Civil Veterinary Department. United Provinces 1912-22 - 1912-1922
Year: 1912
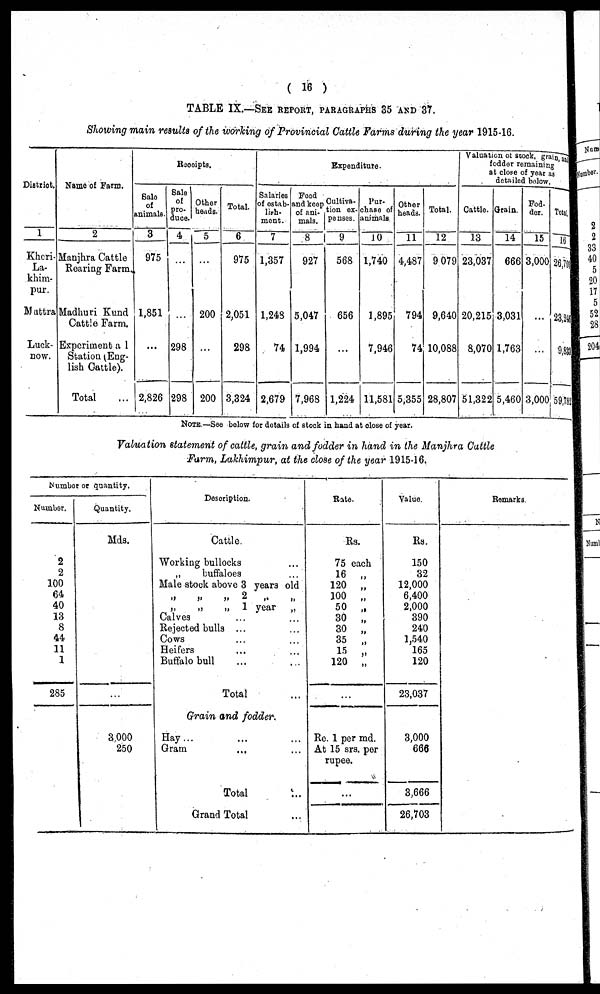
( 16 )
TABLE IX.—SEE REPORT, PARAGRAPHS 35 AND 37.
Showing main results of the working of Provincial Cattle Farms during the year 1915-16.
District.
1
Kheri
La-
khim-
pur.
Muttra
Luck-
now.
Name of Farm.
2
Manjhra Cattle
Rearing Farm
Madhuri Kund
Cattle Farm.
Experiment a 1
Station (Eng-
lish Cattle).
Total …
Receipts.
Sale
of
animals.
3
975
1,851
...
2,826
Sale
of
pro-
duce.
4
…
…
298
298
Other
beads.
5
…
200
…
200
Total.
6
975
2,051
298
3,324
Expenditure.
Salaries
of estab-
lish-
ment.
7
1,357
1,248
74
2,679
Food
and keep
of ani-
mals.
8
927
5,047
1,994
7,968
Cultiva-
tion ex-
penses.
9
568
656
…
1,224
Pur-
chase of
animals
10
1,740
1,895
7,946
11,581
Other
heads.
11
4,487
794
74
5,355
Total.
12
9 079
9,640
10,088
28,807
Valuation of stock,
grain,
fodder remaining
at close of year as
detailed below.
Cattle.
13
23,037
20,215
8,070
51,322
Grain.
14
666
3,031
1,763
5,460
Fod-
dor.
15
3,000
…
…
3,000
Total
16
26,70
23,246
9,833
59,732
NOTE—See below for details of stock in hand at close of year.
Valuation statement of cattle, grain and fodder in hand in the Manjhra Cattle
Farm, Lakhimpur, at the close of the year 1915-16.
Number or quantity.
Number.
2
2
100
64
40
13
8
44
11
1
285
Quantity.
Mds.
…
3,000
250
Description.
Cattle.
Working bullocks
„
buffaloes …
Male stock above 3 years old
„ „ „ 2 „
„
„
„
1 year
„
Calves … …
Rejected bulls ... …
Cows … …
Heifers … …
Buffalo bull … …
Total …
Grain and fodder.
Hay... … …
Gram … …
Total …
Grand Total …
Rate.
Rs.
75 each
16
„
120
„
100
„
50
„
30
„
30 „
35
„
15 „
120 „
…
Re. 1 per md.
At 15 srs. per
rupee.
…
…
Value.
Rs.
150
32
12,000
6,400
2,000
390
240
1,540
165
120
23,037
3,000
666
3,666
26,703
Remarks